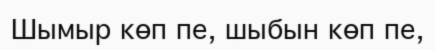
Шымыр көп пе, шыбын көп пе,